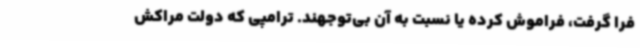
فرا گرفت، فراموش کرده یا نسبت به آن بی‌توجهند. ترامپی که دولت مراکش